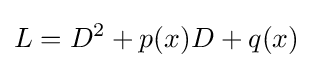
L=D^{2}+p(x)D+q(x)